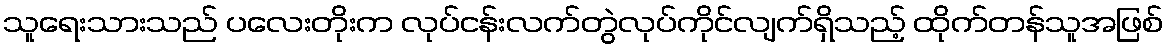
သူရေးသားသည် ပလေးတိုးက လုပ်ငန်းလက်တွဲလုပ်ကိုင်လျက်ရှိသည့် ထိုက်တန်သူအဖြစ်